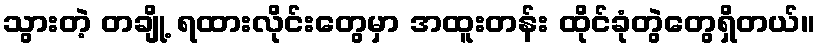
သွားတဲ့ တချို့ ရထားလိုင်းတွေမှာ အထူးတန်း ထိုင်ခုံတွဲတွေရှိတယ်။